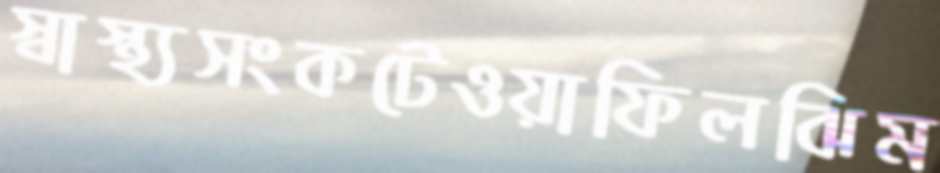
স্বাস্থ্যসংকটেওয়াফিলঝিম